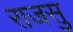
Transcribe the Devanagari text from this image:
राजसु